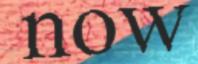
now